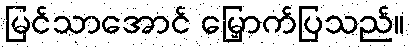
မြင်သာအောင် မြှောက်ပြသည်။